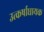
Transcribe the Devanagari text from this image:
उत्कर्षाधायक